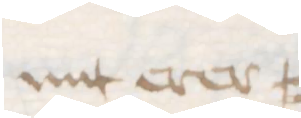
mit erer =